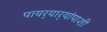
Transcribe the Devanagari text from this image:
पायर्‍यार्‍यांपाशी